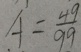
A = \frac { 4 9 } { 9 9 }